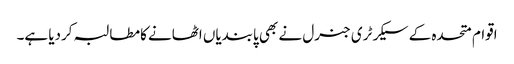
اقوام متحدہ کے سیکرٹری جنرل نے بھی پابندیاں اٹھانے کامطالبہ کردیا ہے۔